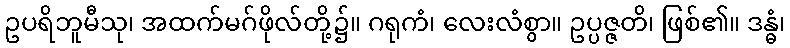
ဥပရိဘူမီသု၊ အထက်မဂ်ဖိုလ်တို့၌။ ဂရုကံ၊ လေးလံစွာ။ ဥပ္ပဇ္ဇတိ၊ ဖြစ်၏။ ဒန္ဓံ၊